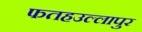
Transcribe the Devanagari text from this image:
फतहउल्लापुर